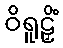
ဝိရူဠှိံ